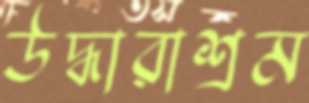
উদ্ধারাশ্রম